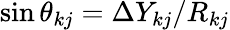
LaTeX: \sin\theta_{kj}=\Delta Y_{kj}/R_{kj}